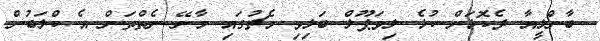
ބާންލީއާ ދެކޮޅަށް ކުޅެ ލިވަޕޫލް ބަލިވި މެޗުގައި މާނޭ ނެތްތަން އެ ކްލަބުން